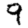
Digit: 9